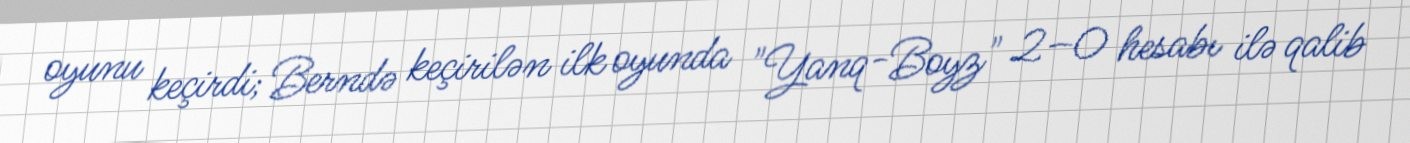
oyunu keçirdi; Berndə keçirilən ilk oyunda "Yanq-Boyz" 2–0 hesabı ilə qalib